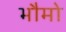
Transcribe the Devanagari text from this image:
भौमो